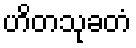
ဟိတသုခတံ